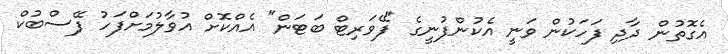
އެގޮތުން ދާދި ފަހަކުން ވަނީ އެކުންފުނީގެ "ފޭވަރިޓް ބަޓަން" އެއްކޮށް އުވާލުމަށްފަހު ފޭސްބުކް